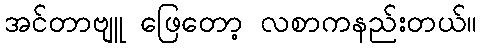
အင်တာဗျူ ဖြေတော့ လစာကနည်းတယ်။